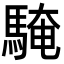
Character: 𩤔